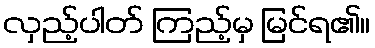
လှည့်ပါတ် ကြည့်မှ မြင်ရ၏။